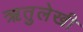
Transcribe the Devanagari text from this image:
ऋतुलेखी